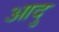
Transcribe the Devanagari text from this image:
आदु